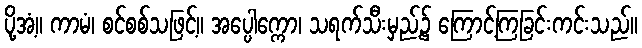
ပို့အံ့။ ကာမံ၊ စင်စစ်သဖြင့်။ အပ္ပေါက္ကော၊ သရက်သီးမှည့်၌ ကြောင့်ကြခြင်းကင်းသည်။